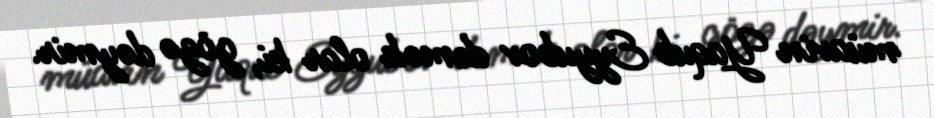
müavin Yaqub Eyyubov demək olar ki, gözə dəymir.